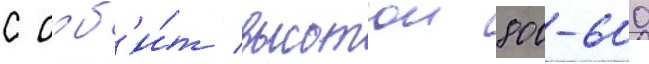
с орб'и́т высотои 800-600